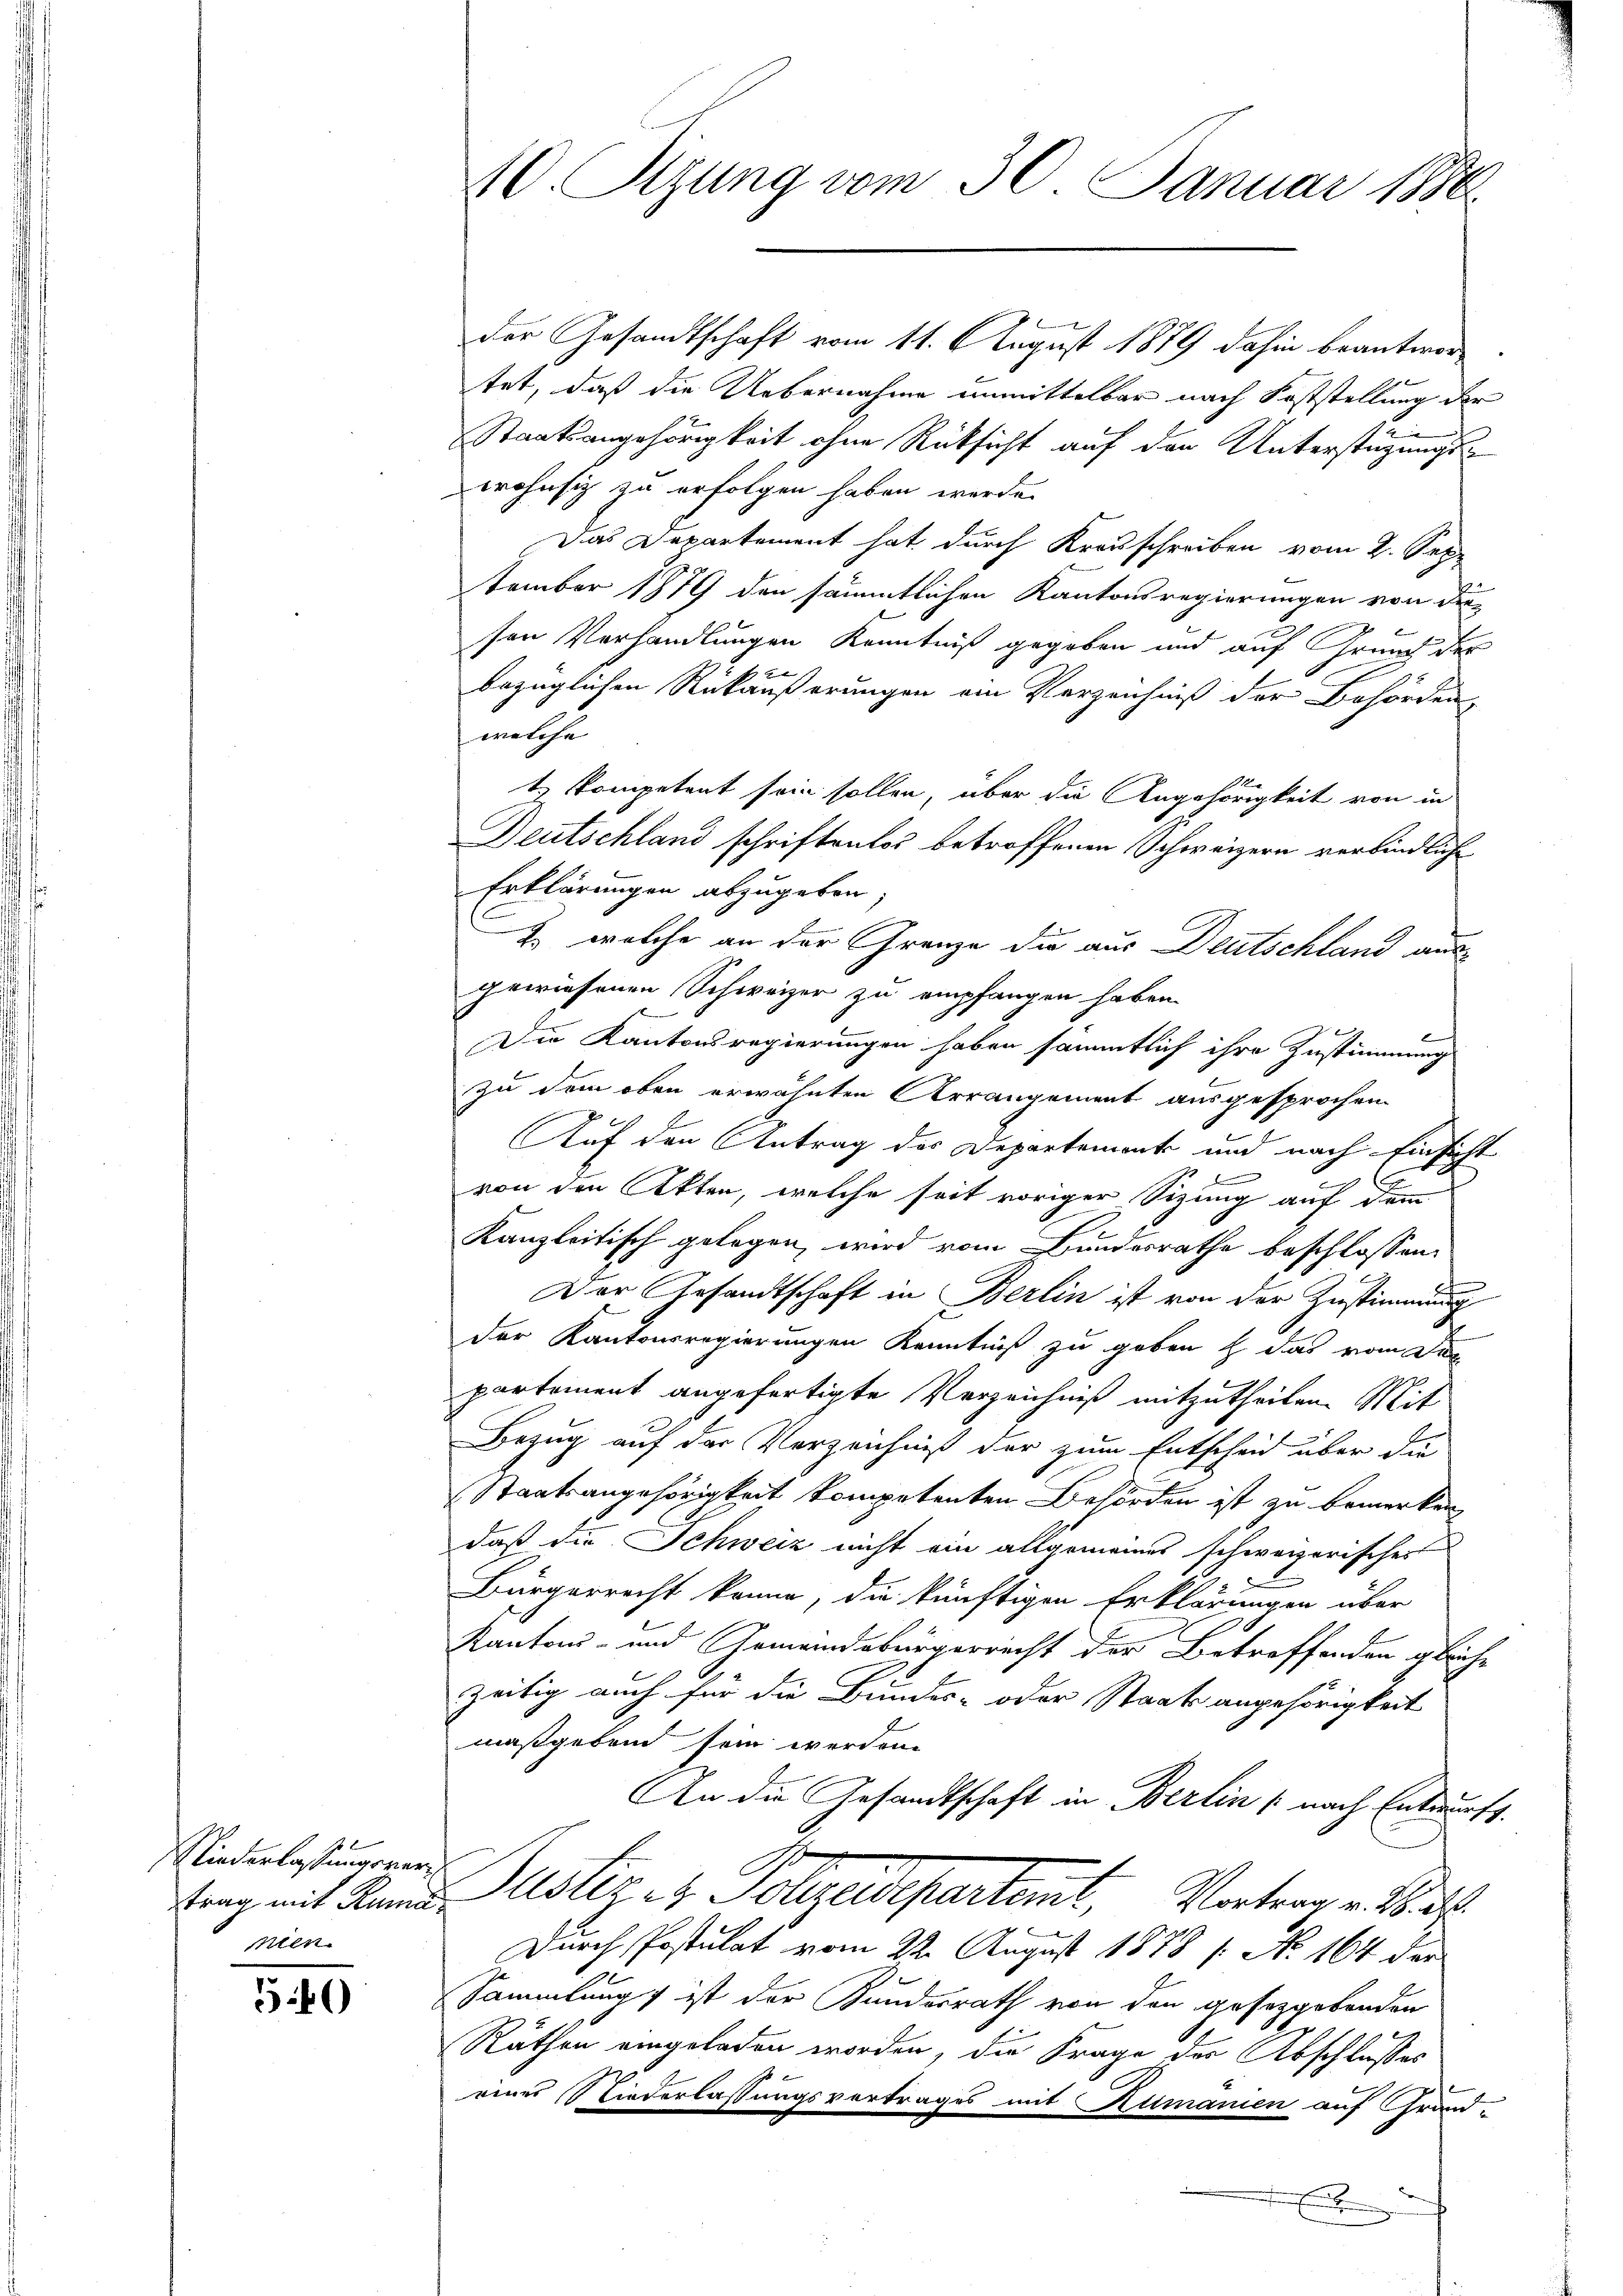
Niederlassungsvermlen.

540

10. Sizung vom 30. Januar 1886.

der Gesandtschaft vom 11. August 1889 dahin beantwor
tet, daß die Uebernahme unmittelbar nach Feststellung der
2
Staatsangehörigkeit ohne Rücksicht auf den Unterstüzungswohnsig zu erfolgen haben werde.
Das Departement hat durch Krasschreiben vom 2. Sep
tember 1879 den sämmtlichen Kantonsregierungen von die
sen Verhandlungen Kenntniß gegeben und auf Grund der
bezüglichen Rückäußerungen ein Verzeichniß der Behörden,
mesche
t kompetent sein sollen, über die Angehörigkeit von in
Deutschland schriftenlos betroffenen Schweizern verbindliche
Erklärungen abzugeben;
 welche an der Grenze die aus Deutschland aus-
gewiesenen Schweizer zu empfangen haben.
Die Kantonsregierungen haben sämmtlich ihre Zustimmung
zu dem oben erwähnten Arrangement ausgesprochen
Auf den Antrag des Departement und nach Einsicht
2
von den Akten, welche seit voriger Sitzung auf dem
E
Kanzleitisch gelegen wird vom Bundesrathe beschlossen:
Der Gesandtschaft in Berlin ist von der Zustimmung
der Kantonsregierungen Kenntniß zu geben & das vom Den
partement angefertigte Verzeichniß mitzutheilen. Mit
Bezug auf der Verzeichniß der zum Entscheid über die
Staatsangehörigkeit kompetenten Behörden ist zu bemerken,
daß die Schweiz nicht ein allgemeines schweizerisches
Bürgerrecht könne, die künftigen Erklärungen über
Kantons- und Gemeindebürgerricht der Betreffenden gleiche
zeitig auch für die Bundes- oder Staatsangehörigkeit
maßgebend sein werden.
An die Gesandtschaft in Berlin (nach Entwurfs.
trag mit Band Justiz & Polizeidepartemt, Vortrag d
Durch Postulat vom 22. August 1878 (: No 164 der
Sammlung ist der Kundesrath von den gesetzgebenden
Räthen eingeladen worden, die Frage der Abschlusses
einer Niederlassungsvertrages mit Rumanien auf Grund-
E